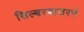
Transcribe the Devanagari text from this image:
सिल्बरबाउरने